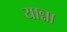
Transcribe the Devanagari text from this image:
यान्ना